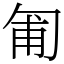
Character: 匍